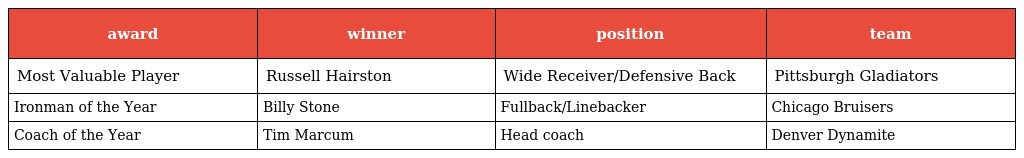
| award | winner | position | team |
 | --- | --- | --- | --- |
 | Most Valuable Player | Russell Hairston | Wide Receiver/Defensive Back | Pittsburgh Gladiators |
 | Ironman of the Year | Billy Stone | Fullback/Linebacker | Chicago Bruisers |
 | Coach of the Year | Tim Marcum | Head coach | Denver Dynamite |